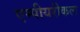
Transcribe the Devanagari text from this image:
एम्पीयरीकल